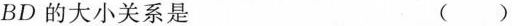
BD的大小关系是 ()